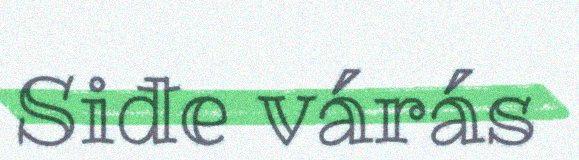
Siđe várás